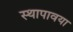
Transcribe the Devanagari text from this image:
स्थापावया